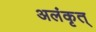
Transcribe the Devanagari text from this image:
अलंकृत्‌